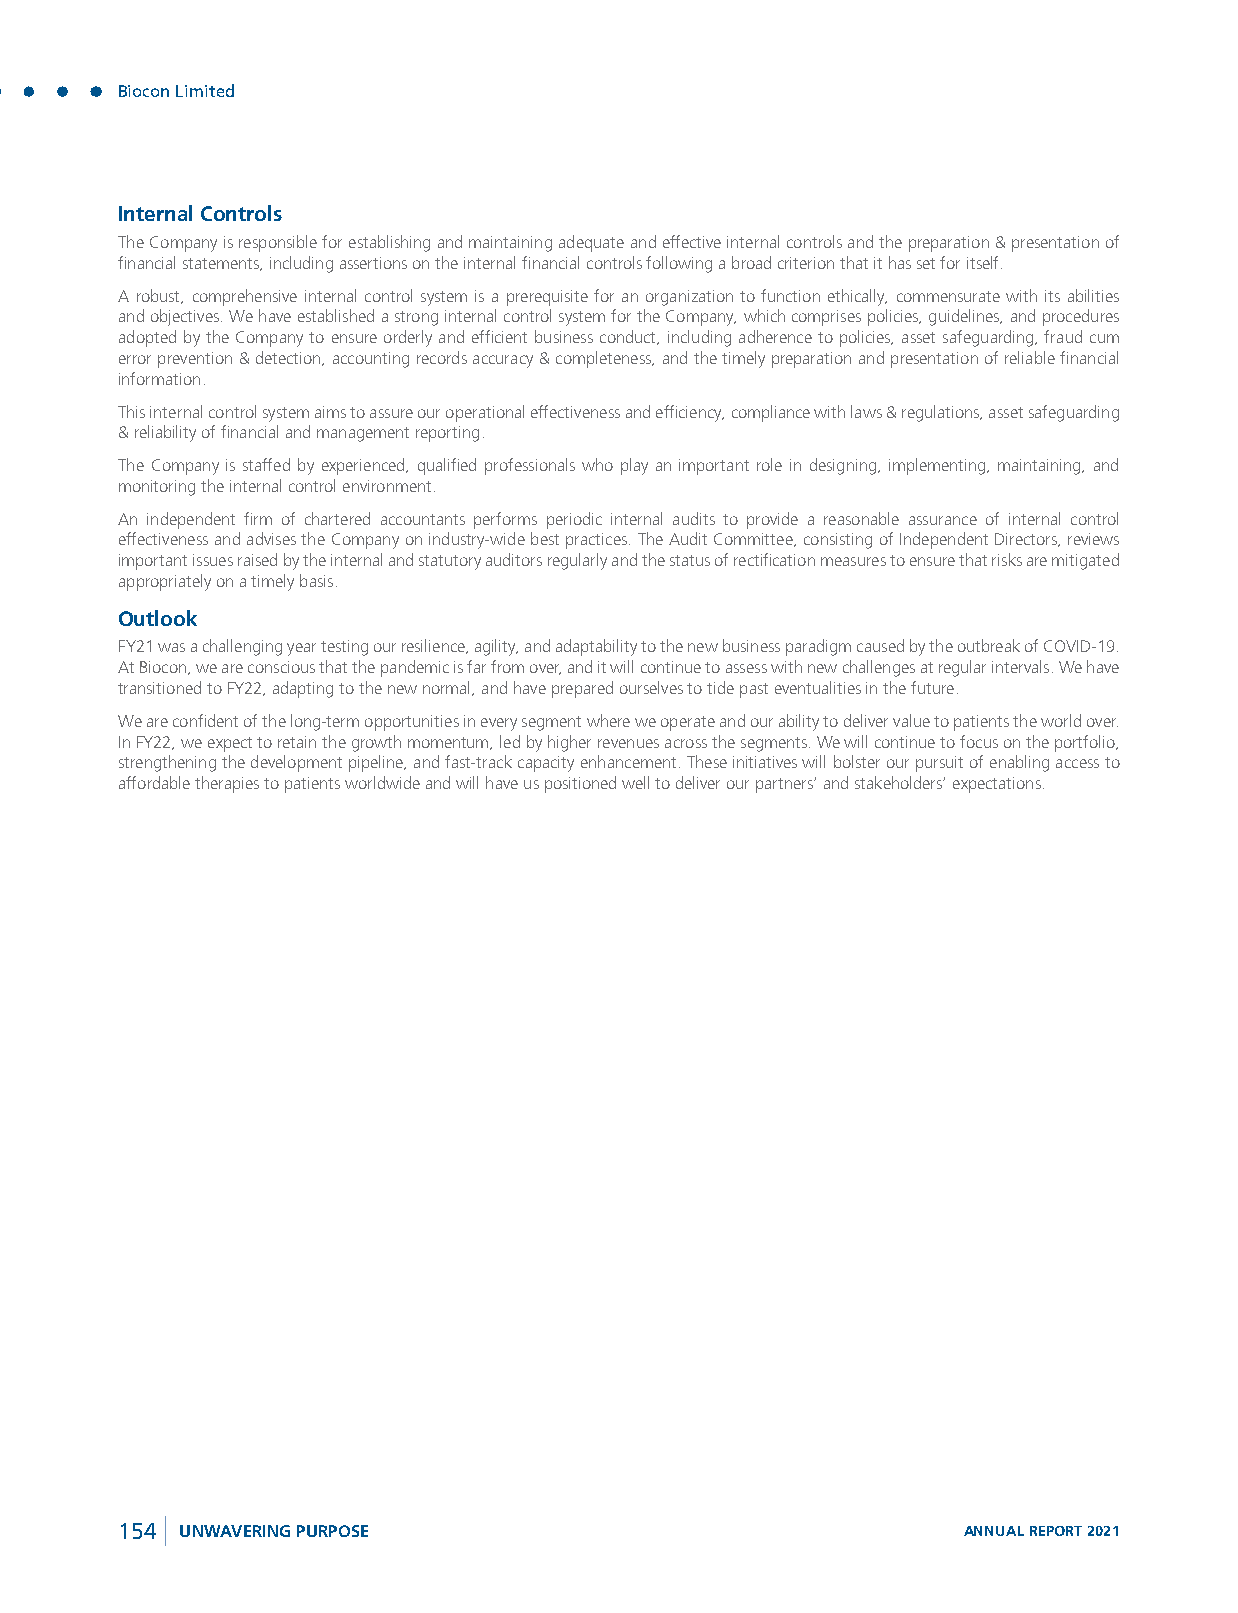
Biocon Limited
 Internal Controls
 The Company is responsible for establishing and maintaining adequate and effective internal controls and the preparation & presentation of
 financial statements, including assertions on the internal financial controls following a broad criterion that it has set for itself.
 A robust, comprehensive internal control system is a prerequisite for an organization to function ethically, commensurate with its abilities
 and objectives. We have established a strong internal control system for the Company, which comprises policies, guidelines, and procedures
 adopted by the Company to ensure orderly and efficient business conduct, including adherence to policies, asset safeguarding, fraud cum
 error prevention & detection, accounting records accuracy & completeness, and the timely preparation and presentation of reliable financial
 information.
 This internal control system aims to assure our operational effectiveness and efficiency, compliance with laws & regulations, asset safeguarding
 & reliability of financial and management reporting.
 The Company is staffed by experienced, qualified professionals who play an important role in designing, implementing, maintaining, and
 monitoring the internal control environment.
 An independent firm of chartered accountants performs periodic internal audits to provide a reasonable assurance of internal control
 effectiveness and advises the Company on industry-wide best practices. The Audit Committee, consisting of Independent Directors, reviews
 important issues raised by the internal and statutory auditors regularly and the status of rectification measures to ensure that risks are mitigated
 appropriately on a timely basis.
 Outlook
 FY21 was a challenging year testing our resilience, agility, and adaptability to the new business paradigm caused by the outbreak of COVID-19.
 At Biocon, we are conscious that the pandemic is far from over, and it will continue to assess with new challenges at regular intervals. We have
 transitioned to FY22, adapting to the new normal, and have prepared ourselves to tide past eventualities in the future.
 We are confident of the long-term opportunities in every segment where we operate and our ability to deliver value to patients the world over.
 In FY22, we expect to retain the growth momentum, led by higher revenues across the segments. We will continue to focus on the portfolio,
 strengthening the development pipeline, and fast-track capacity enhancement. These initiatives will bolster our pursuit of enabling access to
 affordable therapies to patients worldwide and will have us positioned well to deliver our partners’ and stakeholders’ expectations.
 154 UNWAVERING PURPOSE                                  ANNUAL REPORT 2021